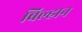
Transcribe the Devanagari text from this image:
बिल्हान